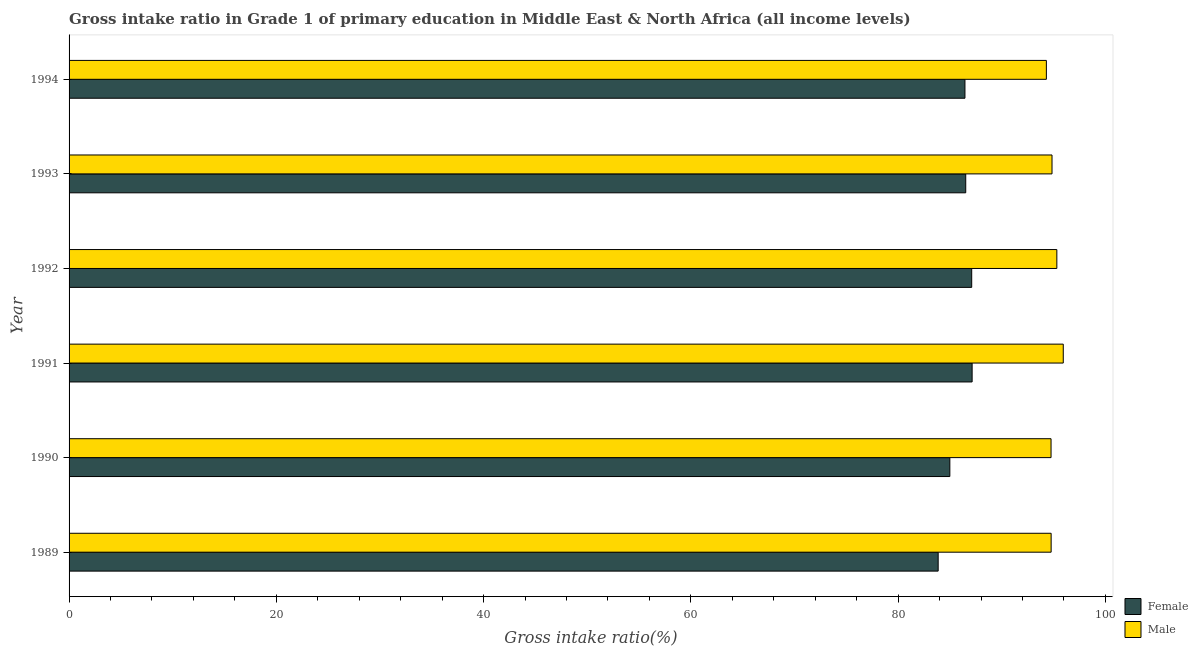
| Year | Female | Male |
 | --- | --- | --- |
 | 1989 | 83.9 | 94.8 |
 | 1990 | 85 | 94.8 |
 | 1991 | 87.1 | 95.9 |
 | 1992 | 87.1 | 95.3 |
 | 1993 | 86.5 | 94.8 |
 | 1994 | 86.4 | 94.3 |